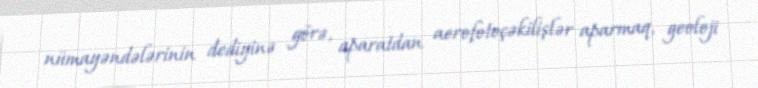
nümayəndələrinin dediyinə görə, aparatdan aerofotoçəkilişlər aparmaq, geoloji